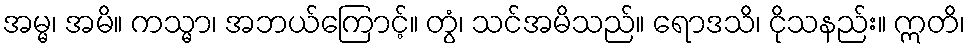
အမ္မ၊ အမိ။ ကသ္မာ၊ အဘယ်ကြောင့်။ တွံ၊ သင်အမိသည်။ ရောဒသိ၊ ငိုသနည်း။ ဣတိ၊